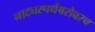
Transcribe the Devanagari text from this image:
नाट्यस्पर्धेबरोबरच